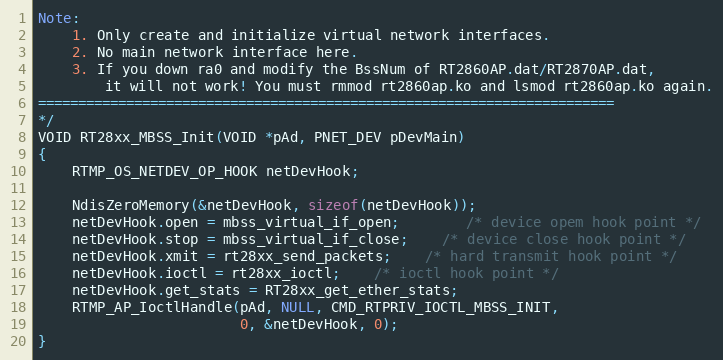
Language: C
Note:
	1. Only create and initialize virtual network interfaces.
	2. No main network interface here.
	3. If you down ra0 and modify the BssNum of RT2860AP.dat/RT2870AP.dat,
		it will not work! You must rmmod rt2860ap.ko and lsmod rt2860ap.ko again.
========================================================================
*/
VOID RT28xx_MBSS_Init(VOID *pAd, PNET_DEV pDevMain)
{
	RTMP_OS_NETDEV_OP_HOOK netDevHook;

	NdisZeroMemory(&netDevHook, sizeof(netDevHook));
	netDevHook.open = mbss_virtual_if_open;		/* device opem hook point */
	netDevHook.stop = mbss_virtual_if_close;	/* device close hook point */
	netDevHook.xmit = rt28xx_send_packets;	/* hard transmit hook point */
	netDevHook.ioctl = rt28xx_ioctl;	/* ioctl hook point */
	netDevHook.get_stats = RT28xx_get_ether_stats;
	RTMP_AP_IoctlHandle(pAd, NULL, CMD_RTPRIV_IOCTL_MBSS_INIT,
						0, &netDevHook, 0);
}